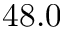
4 8 . 0